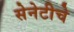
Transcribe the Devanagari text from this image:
सेनेटीचे